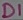
Text: D1